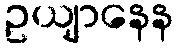
ဥယျာနေန